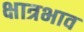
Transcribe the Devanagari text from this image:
क्षात्रभाव